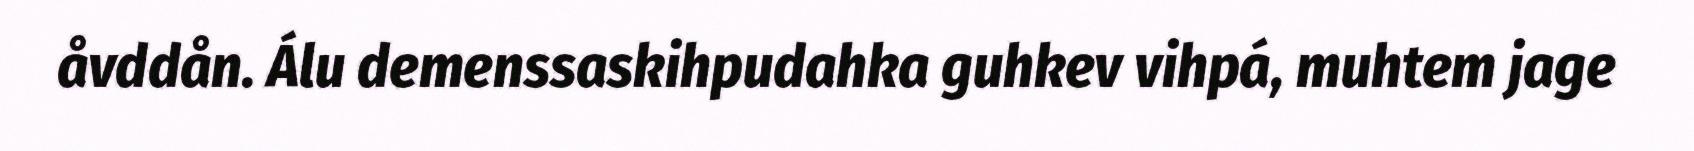
åvddån. Álu demenssaskihpudahka guhkev vihpá, muhtem jage